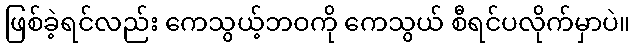
ဖြစ်ခဲ့ရင်လည်း ကေသွယ့်ဘဝကို ကေသွယ် စီရင်ပလိုက်မှာပဲ။